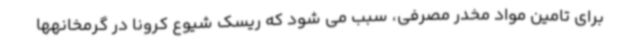
برای تامین مواد مخدر مصرفی، سبب می شود که ریسک شیوع کرونا در گرمخانهها